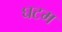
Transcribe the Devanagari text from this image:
घटम